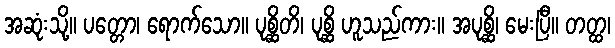
အဆုံးသို့။ ပတ္တော၊ ရောက်သော။ ပုစ္ဆိတိ၊ ပုစ္ဆိ ဟူသည်ကား။ အပုစ္ဆိ၊ မေးပြီ။ တတ္ထ၊